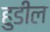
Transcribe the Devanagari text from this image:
हुडील